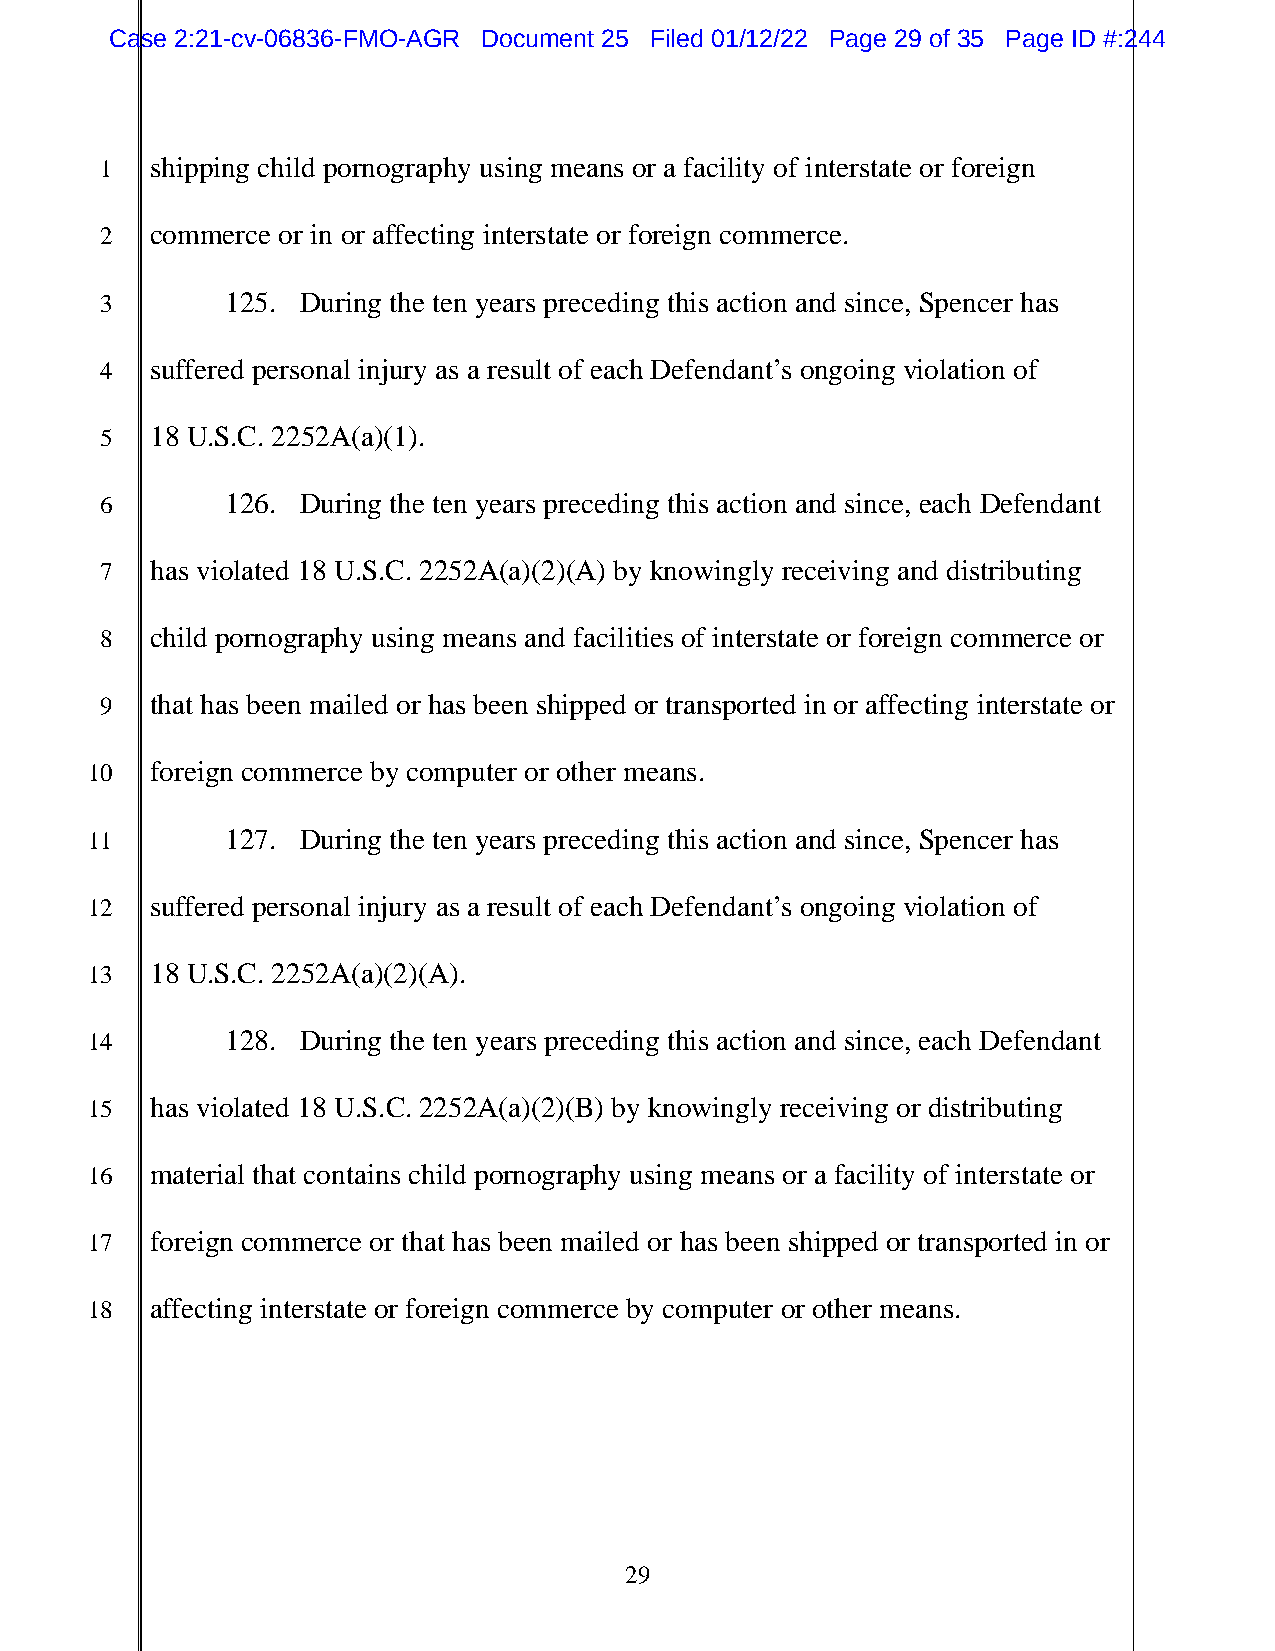
Case 2:21-cv-06836-FMO-AGR Document 25 Filed 01/12/22 Page 29 of 35 Page ID #:244
 1  shipping child pornography using means or a facility of interstate or foreign
 2  commerce or in or affecting interstate or foreign commerce.
 3       125. During the ten years preceding this action and since, Spencer has
 4  suffered personal injury as a result of each Defendant’s ongoing violation of
 5  18 U.S.C. 2252A(a)(1).
 6       126. During the ten years preceding this action and since, each Defendant
 7  has violated 18 U.S.C. 2252A(a)(2)(A) by knowingly receiving and distributing
 8  child pornography using means and facilities of interstate or foreign commerce or
 9  that has been mailed or has been shipped or transported in or affecting interstate or
 10  foreign commerce by computer or other means.
 11       127. During the ten years preceding this action and since, Spencer has
 12  suffered personal injury as a result of each Defendant’s ongoing violation of
 13  18 U.S.C. 2252A(a)(2)(A).
 14       128. During the ten years preceding this action and since, each Defendant
 15  has violated 18 U.S.C. 2252A(a)(2)(B) by knowingly receiving or distributing
 16  material that contains child pornography using means or a facility of interstate or
 17  foreign commerce or that has been mailed or has been shipped or transported in or
 18  affecting interstate or foreign commerce by computer or other means.
 29